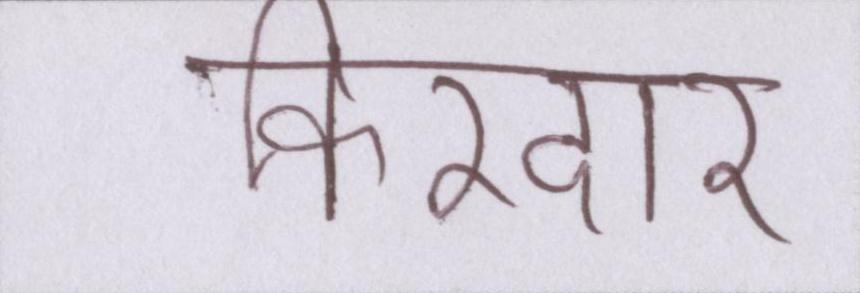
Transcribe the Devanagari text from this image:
किरदार